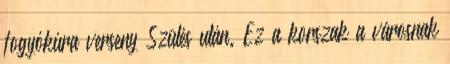
fogyókúra verseny Szülés után. Ez a korszak a városnak